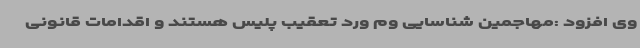
وی افزود :مهاجمین شناسایی وم ورد تعقیب پلیس هستند و اقدامات قانونی